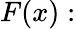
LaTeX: F(x):